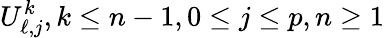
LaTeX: U_{\ell,j}^{k},k\le n-1,0\le j\le p,n\ge 1